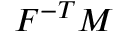
{ \boldsymbol { F } } ^ { - T } { \boldsymbol { M } }